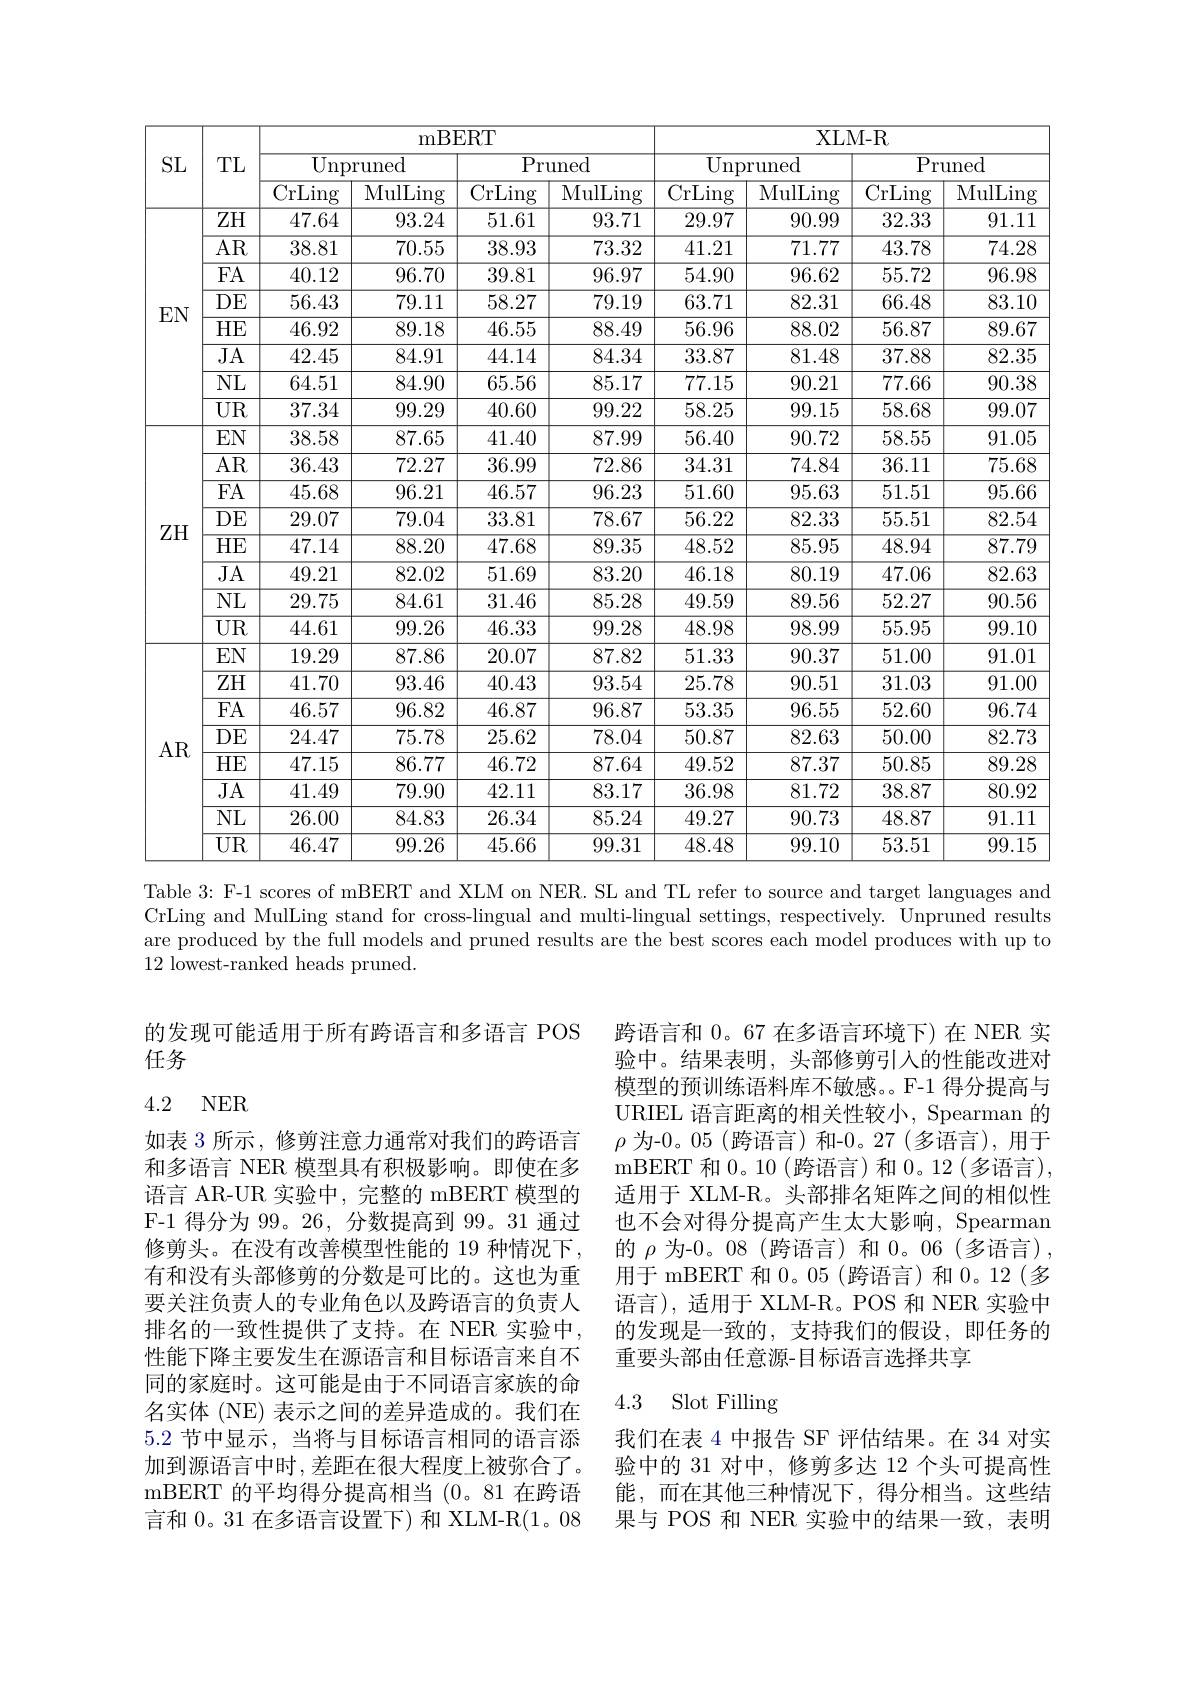
<table>
	<tbody>
		<tr>
			<th rowspan="3">SL</th>
			<th rowspan="3">TL</th>
			<th colspan="4">mBERT</th>
			<th colspan="4">XLM- R</th>
		</tr>
		<tr>
			<th colspan="2">Unpruned</th>
			<th colspan="2">Pruned</th>
			<th colspan="2">Unpruned</th>
			<th colspan="2">Pruned</th>
		</tr>
		<tr>
			<th>$\overline{\mathrm{CrLing}}$</th>
			<th>$\overline{\mathrm{MulLing}}$</th>
			<th>$\overline{\mathrm{CrLing}}$</th>
			<th>MulLing</th>
			<th>$\overline{\mathrm{CrLing}}$</th>
			<th>MulLing</th>
			<th>$\overline{\mathrm{CrLing}}$</th>
			<th>MulLing</th>
		</tr>
		<tr>
			<td rowspan="7">$EN$</td>
			<td>ZH</td>
			<td>47.64</td>
			<td>93.24</td>
			<td>51.61</td>
			<td>93.71</td>
			<td>29.97</td>
			<td>90.99</td>
			<td>32.33</td>
			<td>91.11</td>
		</tr>
		<tr>
			<td>$\overline{\mathrm{AR}}$</td>
			<td>38.81</td>
			<td>70.55</td>
			<td>38.93</td>
			<td>73.32</td>
			<td>41.21</td>
			<td>71.77</td>
			<td>43.78</td>
			<td>74.28</td>
		</tr>
		<tr>
			<td>FA</td>
			<td>40.12</td>
			<td>96.70</td>
			<td>39.81</td>
			<td>96.97</td>
			<td>54.90</td>
			<td>96.62</td>
			<td>55.72</td>
			<td>96.98</td>
		</tr>
		<tr>
			<td>$DE$</td>
			<td>56.43</td>
			<td>79.11</td>
			<td>58.27</td>
			<td>79.19</td>
			<td>63.71</td>
			<td>82.31</td>
			<td>66.48</td>
			<td>83.10</td>
		</tr>
		<tr>
			<td>$HE$</td>
			<td>46.92</td>
			<td>89.18</td>
			<td>46.55</td>
			<td>88.49</td>
			<td>56.96</td>
			<td>88.02</td>
			<td>56.87</td>
			<td>89.67</td>
		</tr>
		<tr>
			<td>$\overline{\mathrm{JA}}$</td>
			<td>42.45</td>
			<td>84.91</td>
			<td>44.14</td>
			<td>84.34</td>
			<td>33.87</td>
			<td>81.48</td>
			<td>37.88</td>
			<td>82.35</td>
		</tr>
		<tr>
			<td>$NL$</td>
			<td>64.51</td>
			<td>84.90</td>
			<td>65.56</td>
			<td>85.17</td>
			<td>77.15</td>
			<td>90.21</td>
			<td>77.66</td>
			<td>90.38</td>
		</tr>
		<tr>
			<td> </td>
			<td>$UR$</td>
			<td>37.34</td>
			<td>99.29</td>
			<td>40.60</td>
			<td>99.22</td>
			<td>58.25</td>
			<td>99.15</td>
			<td>58.68</td>
			<td>99.07</td>
		</tr>
		<tr>
			<td rowspan="7">$ZH$</td>
			<td>$EN$</td>
			<td>38.58</td>
			<td>87.65</td>
			<td>41.40</td>
			<td>87.99</td>
			<td>56.40</td>
			<td>90.72</td>
			<td>58.55</td>
			<td>91.05</td>
		</tr>
		<tr>
			<td>$\overline{\mathrm{AR}}$</td>
			<td>36.43</td>
			<td>72.27</td>
			<td>36.99</td>
			<td>72.86</td>
			<td>34.31</td>
			<td>74.84</td>
			<td>36.11</td>
			<td>75.68</td>
		</tr>
		<tr>
			<td>$\overline{\mathrm{FA}}$</td>
			<td>45.68</td>
			<td>96.21</td>
			<td>46.57</td>
			<td>96.23</td>
			<td>51.60</td>
			<td>95.63</td>
			<td>51.51</td>
			<td>95.66</td>
		</tr>
		<tr>
			<td>$\overline{\mathrm{DE}}$</td>
			<td>29.07</td>
			<td>79.04</td>
			<td>33.81</td>
			<td>78.67</td>
			<td>56.22</td>
			<td>82.33</td>
			<td>55.51</td>
			<td>82.54</td>
		</tr>
		<tr>
			<td>$\overline{{\mathrm{HE}}}$</td>
			<td>47.14</td>
			<td>88.20</td>
			<td>47.68</td>
			<td>89.35</td>
			<td>48.52</td>
			<td>85.95</td>
			<td>48.94</td>
			<td>87.79</td>
		</tr>
		<tr>
			<td>$\overline{\mathrm{JA}}$</td>
			<td>49.21</td>
			<td>82.02</td>
			<td>51.69</td>
			<td>83.20</td>
			<td>46.18</td>
			<td>80.19</td>
			<td>47.06</td>
			<td>82.63</td>
		</tr>
		<tr>
			<td>$\overline{\mathrm{NL}}$</td>
			<td>29.75</td>
			<td>84.61</td>
			<td>31.46</td>
			<td>85.28</td>
			<td>49.59</td>
			<td>89.56</td>
			<td>52.27</td>
			<td>90.56</td>
		</tr>
		<tr>
			<td> </td>
			<td>$\overline{\mathrm{UR}}$</td>
			<td>44.61</td>
			<td>99.26</td>
			<td>46.33</td>
			<td>99.28</td>
			<td>48.98</td>
			<td>98.99</td>
			<td>55.95</td>
			<td>99.10</td>
		</tr>
		<tr>
			<td rowspan="8">AR</td>
			<td>$EN$</td>
			<td>19.29</td>
			<td>87.86</td>
			<td>20.07</td>
			<td>87.82</td>
			<td>51.33</td>
			<td>90.37</td>
			<td>51.00</td>
			<td>91.01</td>
		</tr>
		<tr>
			<td>$\overline{\mathrm{ZH}}$</td>
			<td>41.70</td>
			<td>93.46</td>
			<td>40.43</td>
			<td>93.54</td>
			<td>25.78</td>
			<td>90.51</td>
			<td>31.03</td>
			<td>91.00</td>
		</tr>
		<tr>
			<td>FA</td>
			<td>46.57</td>
			<td>96.82</td>
			<td>46.87</td>
			<td>96.87</td>
			<td>53.35</td>
			<td>96.55</td>
			<td>52.60</td>
			<td>96.74</td>
		</tr>
		<tr>
			<td>$DE$</td>
			<td>24.47</td>
			<td>75.78</td>
			<td>25.62</td>
			<td>78.04</td>
			<td>50.87</td>
			<td>82.63</td>
			<td>50.00</td>
			<td>82.73</td>
		</tr>
		<tr>
			<td>$HE$</td>
			<td>47.15</td>
			<td>86.77</td>
			<td>46.72</td>
			<td>87.64</td>
			<td>49.52</td>
			<td>87.37</td>
			<td>50.85</td>
			<td>89.28</td>
		</tr>
		<tr>
			<td>$\overline{\mathrm{JA}}$</td>
			<td>41.49</td>
			<td>79.90</td>
			<td>42.11</td>
			<td>83.17</td>
			<td>36.98</td>
			<td>81.72</td>
			<td>38.87</td>
			<td>80.92</td>
		</tr>
		<tr>
			<td>$\overline{\mathrm{NL}}$</td>
			<td>26.00</td>
			<td>84.83</td>
			<td>26.34</td>
			<td>85.24</td>
			<td>49.27</td>
			<td>90.73</td>
			<td>48.87</td>
			<td>91.11</td>
		</tr>
		<tr>
			<td>$\overline{\mathrm{UR}}$</td>
			<td>46.47</td>
			<td>99.26</td>
			<td>45.66</td>
			<td>99.31</td>
			<td>48.48</td>
			<td>99.10</td>
			<td>53.51</td>
			<td>99.15</td>
		</tr>
	</tbody>
</table>
Table 3: F-1 scores of mBERT and XLM on NER. SL and TL refer to source and target languages and

CrLing and MulLing stand for cross-lingual and multi-lingual settings, respectively. Unpruned results are produced by the full models and pruned results are the best scores each model produces with up to 12 lowest-ranked heads pruned.

的发现可能适用于所有跨语言和多语言 POS
任务

## 4.2 NER

跨语言和 0。67 在多语言环境下) 在 NER 实验中。结果表明，头部修剪引入的性能改进对模型的预训练语料库不敏感。F-1 得分提高与URIEL 语言距离的相关性较小，Spearman 的$\rho$为-0。05 (跨语言)和-0。27 (多语言),用于mBERT 和 0。10(跨语言)和 0。12(多语言), 适用于 XLM-R。头部排名矩阵之间的相似性也不会对得分提高产生太大影响，Spearman 的$\rho$为-0。08(跨语言)和 0。06(多语言), 用于 mBERT 和0。05 (跨语言) 和0。12 (多语言),适用于 XLM-R。POS 和 NER 实验中的发现是一致的，支持我们的假设，即任务的重要头部由任意源-目标语言选择共享

如表 3 所示，修剪注意力通常对我们的跨语言和多语言 NER 模型具有积极影响。即使在多语言 AR-UR 实验中，完整的 mBERT 模型的F-1 得分为 99。26, 分数提高到 99。31 通过修剪头。在没有改善模型性能的 19 种情况下， 有和没有头部修剪的分数是可比的。这也为重要关注负责人的专业角色以及跨语言的负责人排名的一致性提供了支持。在 NER 实验中性能下降主要发生在源语言和目标语言来自不同的家庭时。这可能是由于不同语言家族的命名实体 (NE) 表示之间的差异造成的。我们在5.2 节中显示，当将与目标语言相同的语言添加到源语言中时，差距在很大程度上被弥合了。mBERT 的平均得分提高相当(0。81 在跨语言和 0。31 在多语言设置下) 和 XLM-R(1。08

# 4.3 Slot Filling

我们在表 4 中报告 SF 评估结果。在 34 对实验中的 31 对中，修剪多达 12 个头可提高性能，而在其他三种情况下，得分相当。这些结果与 POS 和 NER 实验中的结果一致，表明